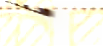
للمخاطرة